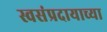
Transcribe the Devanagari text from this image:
स्वसंप्रदायाच्या